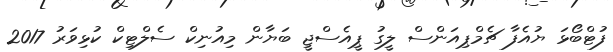
ފުޓްބޯޅަ ޔުއެފާ ޗެމްޕިއަންސް ލީގު ޕީއެސްޖީ ބަޔާން މިއުނިކް ސެލްޓިކް ކުޅިވަރު 2017